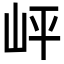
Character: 岼